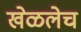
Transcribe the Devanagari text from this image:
खेळलेच